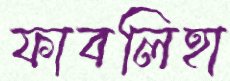
ফাবলিহা